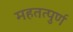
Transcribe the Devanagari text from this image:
महतत्पुर्ण